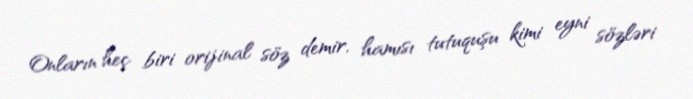
Onların heç biri orijinal söz demir, hamısı tutuquşu kimi eyni sözləri